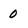
Character: 0